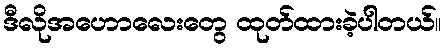
ဒီလိုအဟောလေးတွေ ထုတ်ထားခဲ့ပါတယ်။